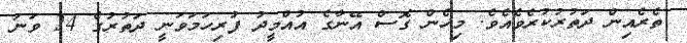
ތެރެއިން ދަތުރުކުރެވެއެވެ. މިހެން ގޮސް އޭނާގެ އުއްމީދު ފުރިހަމަވަނީ ދަތުރުގެ 24 ވަނަ